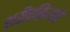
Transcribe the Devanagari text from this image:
शरीरक्रियांचे